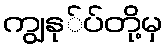
ကျွနု်ပ်တို့မှ